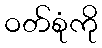
ဝတ်စုံကို